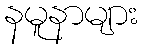
နမူနာများ